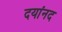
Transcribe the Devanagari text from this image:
दयांनद